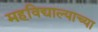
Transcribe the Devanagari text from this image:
महविद्याल्याच्या